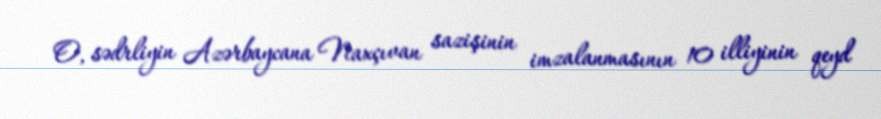
O, sədrliyin Azərbaycana Naxçıvan sazişinin imzalanmasının 10 illiyinin qeyd